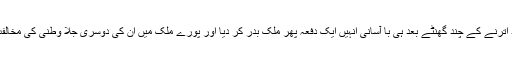
مشرف حکومت نے ان کے جہاز کے اسلام آباد اترنے کے چند گھنٹے بعد ہی با آسانی انہیں ایک دفعہ پھر ملک بدر کر دیا اور پورے ملک میں ان کی دوسری جلا وطنی کی مخالفت میں چند لوگ بھی گھروں سے باہر نہ نکلے۔